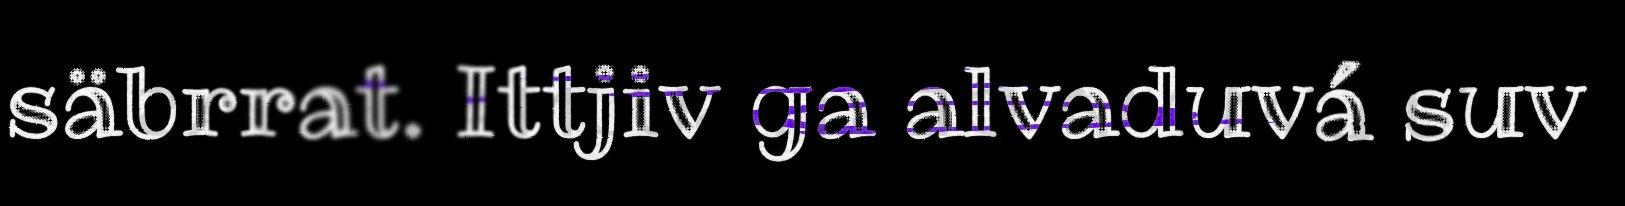
säbrrat. Ittjiv ga alvaduvá suv